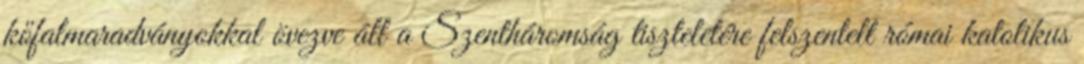
kőfalmaradványokkal övezve áll a Szentháromság tiszteletére felszentelt római katolikus